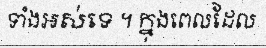
ទាំងអស់ទេ ។ ក្នុងពេលដែល